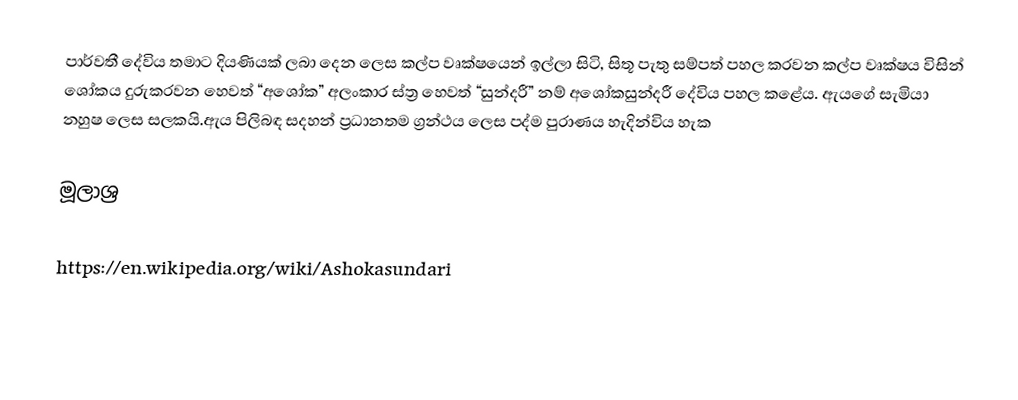
පාර්වතී දේවිය තමාට දියණියක් ලබා දෙන ලෙස කල්ප වෘක්ෂයෙන් ඉල්ලා සිටි, සිතූ පැතු සම්පත් පහල කරවන කල්ප වෘක්ෂය විසින් ශෝකය දුරුකරවන හෙවත් “අශෝක” අලංකාර ස්ත්‍ර හෙවත් “සුන්දරී” නම් අශෝකසුන්දරී දේවිය පහල කළේය. ඇයගේ සැමියා නහුෂ ලෙස සලකයි.ඇය පිලිබඳ සදහන් ප්‍රධානතම ග්‍රන්ථය ලෙස පද්ම පුරාණය හැදින්විය හැක

මූලාශ්‍ර

https://en.wikipedia.org/wiki/Ashokasundari